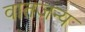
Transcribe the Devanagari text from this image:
वातजन्य